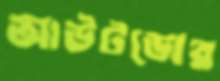
আউটডোর